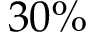
3 0 \%